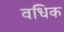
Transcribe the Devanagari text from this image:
वधिक